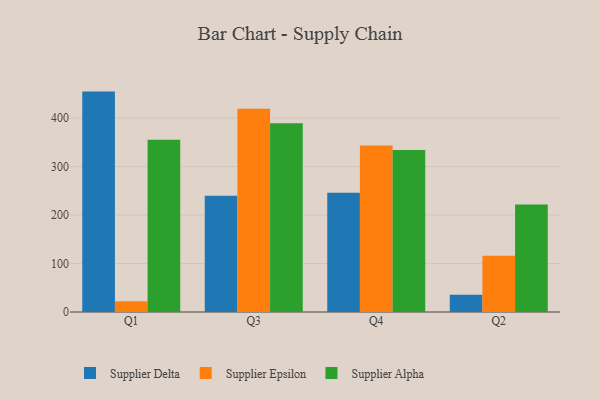
{"axis": {"x": "Quarter", "y": "Conversion Rate (%)"}, "legend": ["Supplier Alpha", "Supplier Delta", "Supplier Epsilon"], "data": [{"x": "Q1", "y": 454.5, "type": "Supplier Delta"}, {"x": "Q1", "y": 22.1, "type": "Supplier Epsilon"}, {"x": "Q1", "y": 355.4, "type": "Supplier Alpha"}, {"x": "Q3", "y": 239.7, "type": "Supplier Delta"}, {"x": "Q3", "y": 419.3, "type": "Supplier Epsilon"}, {"x": "Q3", "y": 389.1, "type": "Supplier Alpha"}, {"x": "Q4", "y": 246.1, "type": "Supplier Delta"}, {"x": "Q4", "y": 343.1, "type": "Supplier Epsilon"}, {"x": "Q4", "y": 334.2, "type": "Supplier Alpha"}, {"x": "Q2", "y": 35.8, "type": "Supplier Delta"}, {"x": "Q2", "y": 116.2, "type": "Supplier Epsilon"}, {"x": "Q2", "y": 221.6, "type": "Supplier Alpha"}]}